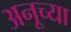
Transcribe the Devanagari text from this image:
अनूच्या